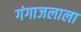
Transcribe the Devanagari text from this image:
गंगाजलाला